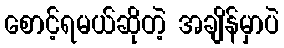
စောင့်ရမယ်ဆိုတဲ့ အချိန်မှာပဲ